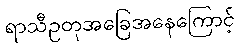
ရာသီဥတုအခြေအနေကြောင့်